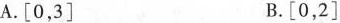
A .[0，3] B. [0，2]